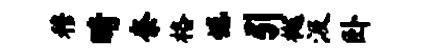
穆睛奈格憾引樾汲卧